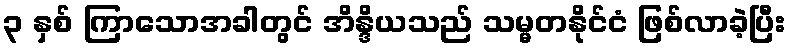
၃ နှစ် ကြာသောအခါတွင် အိန္ဒိယသည် သမ္မတနိုင်ငံ ဖြစ်လာခဲ့ပြီး